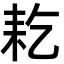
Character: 䎢